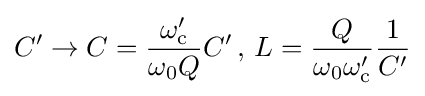
C'\to C={\frac {\omega _{\text{c}}'}{\omega _{0}Q}}C'\,,\,L={\frac {Q}{\omega _{0}\omega _{\text{c}}'}}{\frac {1}{C'}}